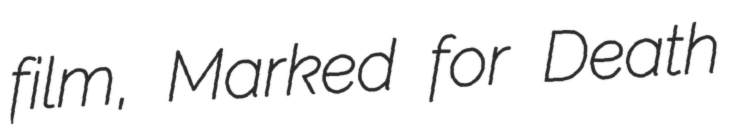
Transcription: film, Marked for Death